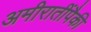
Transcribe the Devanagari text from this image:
अमीरातींपैकी